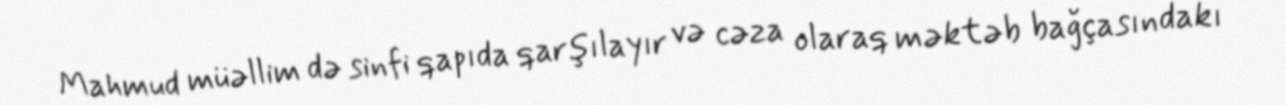
Mahmud müəllim də sinfi qapıda qarşılayır və cəza olaraq məktəb bağçasındakı